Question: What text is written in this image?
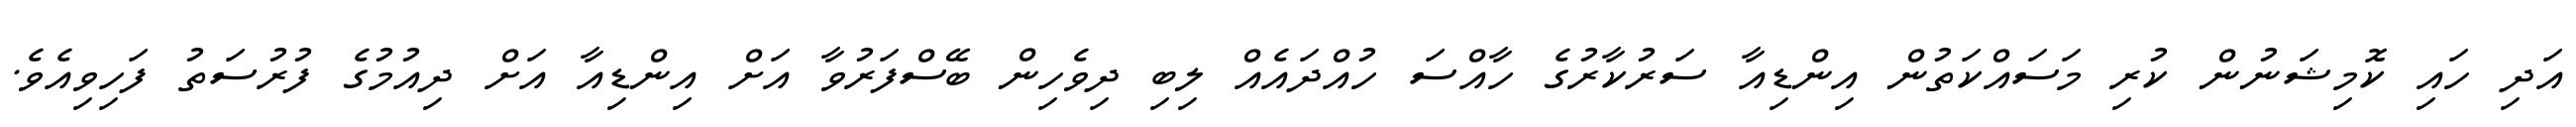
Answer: އަދި ހައި ކޮމިޝަނުން ކުރި މަސައްކަތުން އިންޑިއާ ސަރުކާރުގެ ހާއްސަ ހުއްދައެއް ލިބި ދިވެހިން ބޭސްފަރުވާ އަށް އިންޑިއާ އަށް ދިއުމުގެ ފުރުސަތު ފަހިވިއެވެ.